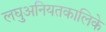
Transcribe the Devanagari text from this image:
लघुअनियतकालिके